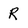
Character: R